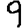
Digit: 9